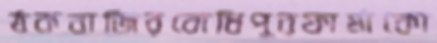
ঠকবাজিরবোধিপুরফার্মাকো